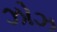
ઝોઝ